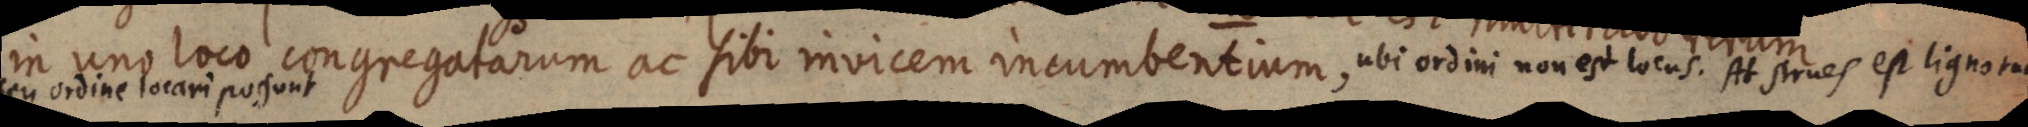
in uno loco congregatarum ac sibi invicem incumbentium, ubi ordini non est locus. At strues est ligno